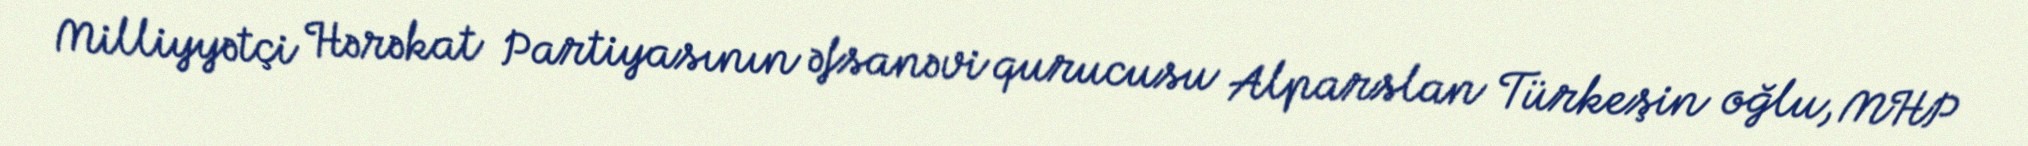
Milliyyətçi Hərəkat Partiyasının əfsanəvi qurucusu Alparslan Türkeşin oğlu, MHP